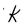
Character: K